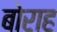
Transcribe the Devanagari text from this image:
बोराह